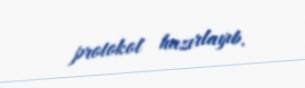
protokol hazırlayıb.